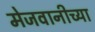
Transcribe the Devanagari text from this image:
मेजवानीच्या